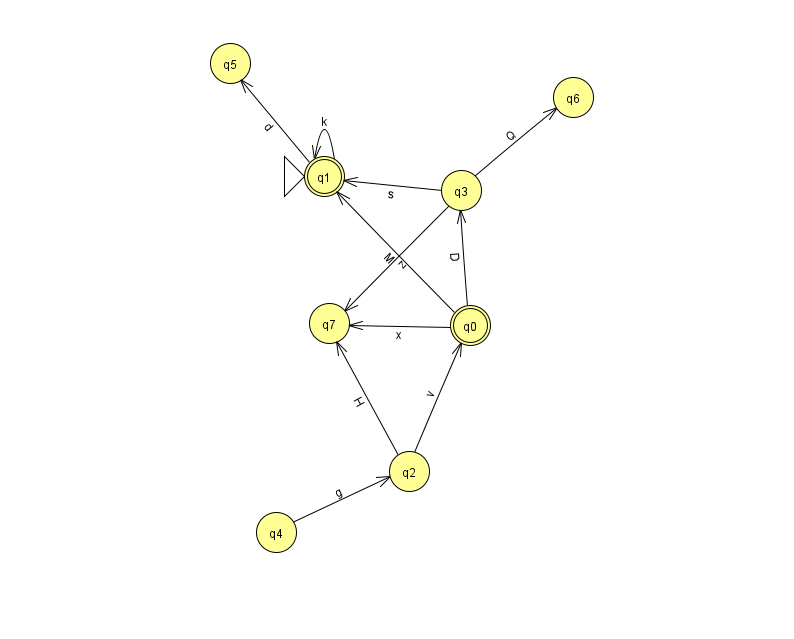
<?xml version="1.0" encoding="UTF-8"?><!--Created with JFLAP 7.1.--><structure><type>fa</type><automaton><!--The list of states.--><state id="0" name="q0"><x>470.0</x><y>312.0</y><final/></state><state id="1" name="q1"><x>324.0</x><y>163.0</y><initial/><final/></state><state id="2" name="q2"><x>409.0</x><y>458.0</y></state><state id="3" name="q3"><x>461.0</x><y>177.0</y></state><state id="4" name="q4"><x>276.0</x><y>519.0</y></state><state id="5" name="q5"><x>230.0</x><y>50.0</y></state><state id="6" name="q6"><x>573.0</x><y>84.0</y></state><state id="7" name="q7"><x>329.0</x><y>310.0</y></state><!--The list of transitions.--><transition><from>4</from><to>2</to><read>g</read></transition><transition><from>0</from><to>1</to><read>M</read></transition><transition><from>0</from><to>3</to><read>D</read></transition><transition><from>2</from><to>7</to><read>H</read></transition><transition><from>3</from><to>6</to><read>Q</read></transition><transition><from>3</from><to>1</to><read>s</read></transition><transition><from>0</from><to>7</to><read>x</read></transition><transition><from>1</from><to>1</to><read>k</read></transition><transition><from>1</from><to>5</to><read>d</read></transition><transition><from>2</from><to>0</to><read>v</read></transition><transition><from>3</from><to>7</to><read>z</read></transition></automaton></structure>